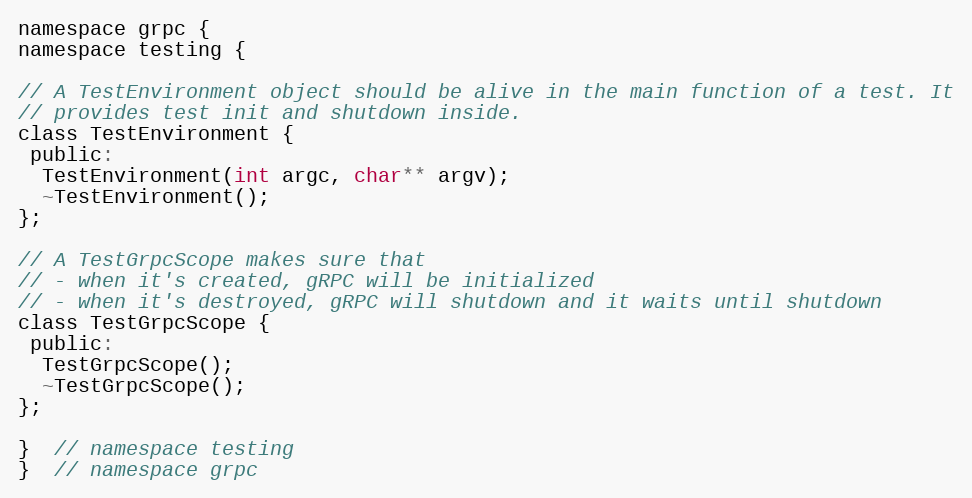
Language: C
namespace grpc {
namespace testing {

// A TestEnvironment object should be alive in the main function of a test. It
// provides test init and shutdown inside.
class TestEnvironment {
 public:
  TestEnvironment(int argc, char** argv);
  ~TestEnvironment();
};

// A TestGrpcScope makes sure that
// - when it's created, gRPC will be initialized
// - when it's destroyed, gRPC will shutdown and it waits until shutdown
class TestGrpcScope {
 public:
  TestGrpcScope();
  ~TestGrpcScope();
};

}  // namespace testing
}  // namespace grpc